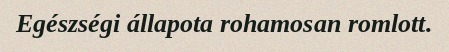
Egészségi állapota rohamosan romlott.